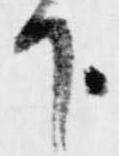
下